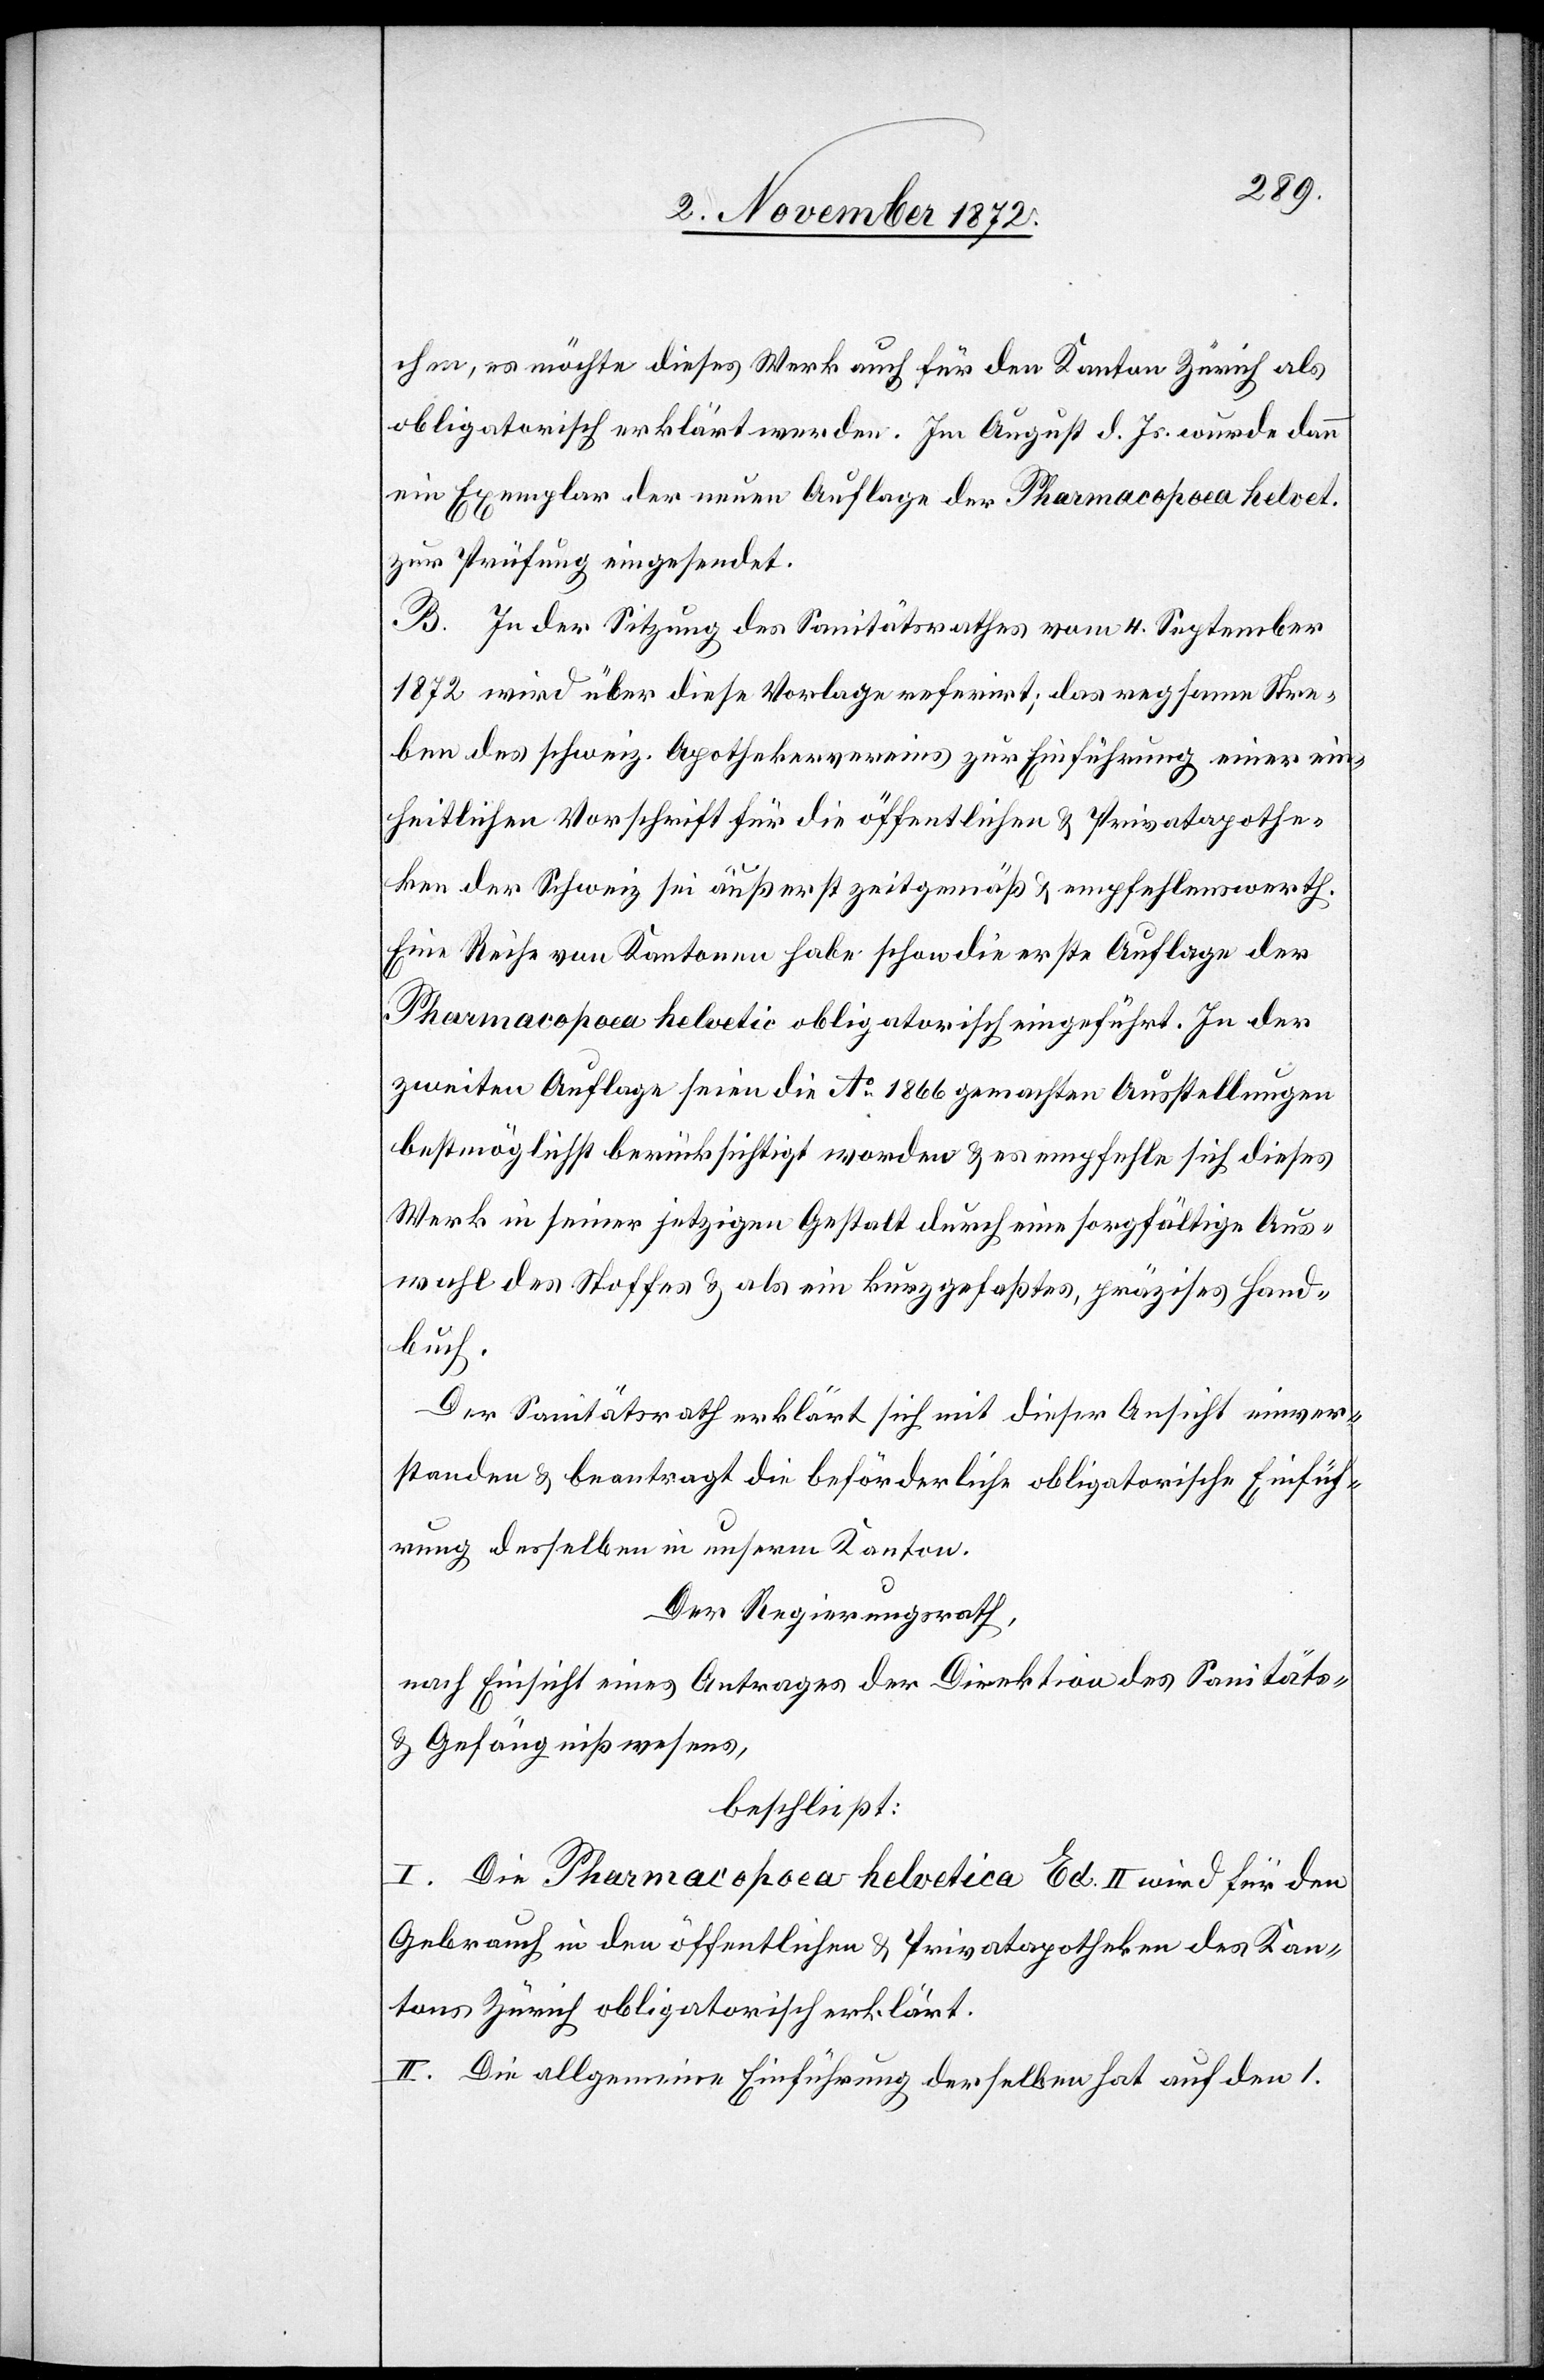
chen, es möchte dieses Werk auch für den Kanton Zürich als
obligatorisch erklärt werden. Im August d. Js. wurde dann
ein Exemplar der neuen Auflage der Pharmacopoea helvet.
zur Prüfung eingesendet.
B. In der Sitzung des Sanitätsrathes vom 4. September
1872 wird über diese Vorlage referirt; das regsame Stre¬
ben des schweiz. Apothekervereins zur Einführung einer ein¬
heitlichen Vorschrift für die öffentliche u. Privatapothe¬
ken der Schweiz sei äußerst zeitgemäß u. empfehlenswerth.
Eine Reihe von Kantonen habe schon die erste Auflage der
Pharmacopoea helvetic[a] obligatorisch eingeführt. In der
zweiten Auflage seien die Ao 1866 gemachten Ausstellungen
bestmöglichst berücksichtigt worden u. es empfehle sich dieses
Werk in seiner jetzigen Gestalt durch eine sorgfältige Aus¬
wahl des Stoffes u. als ein kurzgefaßtes, präzises Hand¬
buch.
Der Sanitätsrath erklärt sich mit dieser Ansicht einver¬
standen u. beantragt die beförderliche obligatorische Einfüh¬
rung desselben in unserm Kanton.
Der Regierungsrath,
nach Einsicht eines Antrages der Direktion des Sanitäts-
u. Gefängnißwesens,
beschließt:
I. Die Pharmacopoea helvetica Ed. II wird für den
Gebrauch in den öffentlichen u. Privatapotheken des Kan¬
tons Zürich obligatorisch erklärt.
II. Die allgemeine Einführung derselben hat auf den 1.